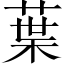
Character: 葉